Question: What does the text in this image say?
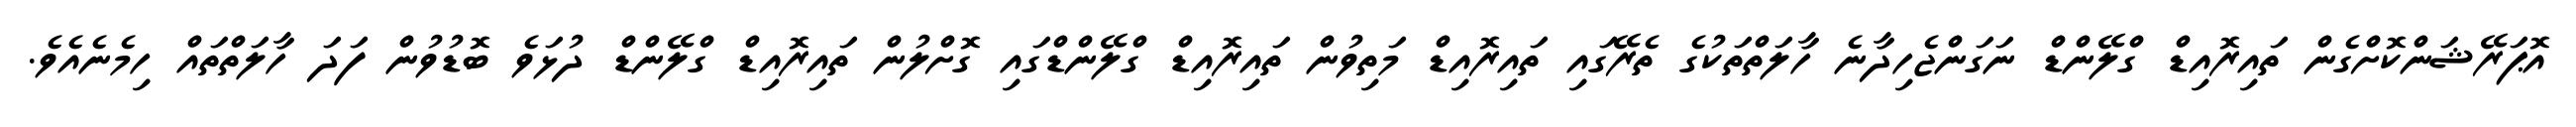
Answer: އޮޕަރޭޝަންކޮށްގެން ތައިރޮއިޑް ގްލޭންޑް ނަގަންޖެހިދާނެ ހާލަތްތަކުގެ ތެރޭގައި ތައިރޮއިޑް މަތިވުން ތައިރޮއިޑް ގްލޭންޑްގައި ގޮށްލުން ތައިރޮއިޑް ގްލޭންޑް ދުޅަވެ ބޮޑުވުން ފަދަ ހާލަތްތައް ހިމެނެއެވެ.